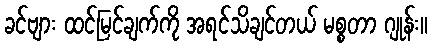
ခင်ဗျား ထင်မြင်ချက်ကို အရင်သိချင်တယ် မစ္စတာ ဂျုန်း။